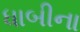
ધાબીના